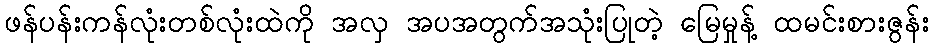
ဖန်ပန်းကန်လုံးတစ်လုံးထဲကို အလှ အပအတွက်အသုံးပြုတဲ့ မြေမှုန့် ထမင်းစားဇွန်း